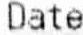
DATE